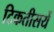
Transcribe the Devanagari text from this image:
टिकतीसयें